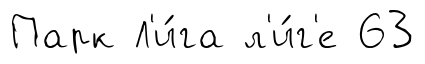
Парк Л'и́га л'и́г'е 63